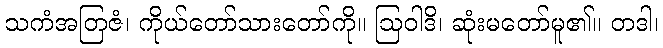
သကံအတြဇံ၊ ကိုယ်တော်သားတော်ကို။ ဩဝါဒိ၊ ဆုံးမတော်မူ၏။ တဒါ၊